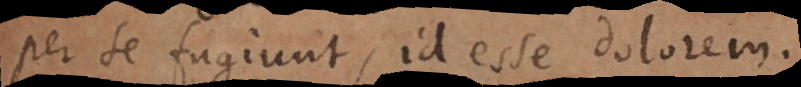
per se fugiunt, id esse dolorem.